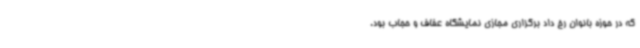
که در حوزه بانوان رخ داد برگزاری مجازی نمایشگاه عفاف و حجاب بود.